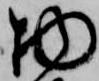
物